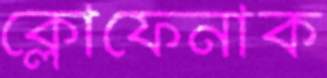
ক্লোফেনাক